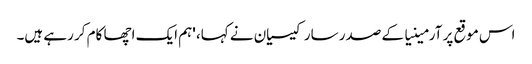
اس موقع پر آرمینیا کے صدر سارکیسیان نے کہا، 'ہم ایک اچھا کام کر رہے ہیں۔